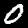
Label: 0